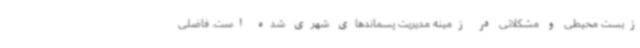
زیست محیطی و مشکلاتی در زمینه مدیریت پسماندهای شهری شده است. فاضلی